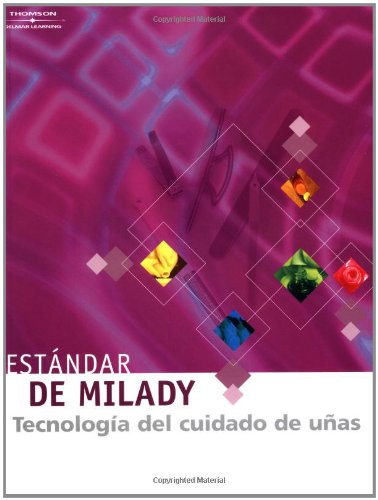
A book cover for Estandar de Milady Tecnologia Del Cuidado De Unas (cuarta edicion) (Spanish Edition); Milady; Health, Fitness & Dieting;